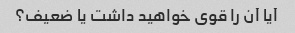
آیا آن را قوی خواهید داشت یا ضعیف؟